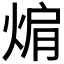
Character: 𭵅